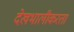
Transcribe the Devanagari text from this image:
देखभालीकरता